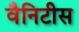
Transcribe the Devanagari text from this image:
वैनिटीस